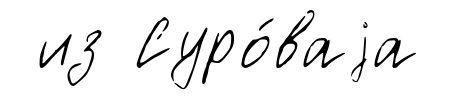
из Суро́ваjа